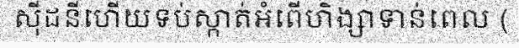
ស៊ីដនីហើយទប់ស្កាត់អំពើហិង្សាទាន់ពេល (